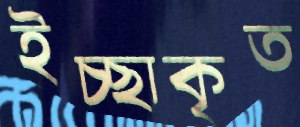
ইচ্ছাকৃত